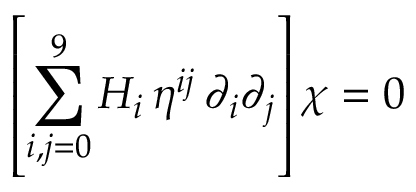
\left[ \sum _ { i , j = 0 } ^ { 9 } H _ { i } \, \eta ^ { i j } \, \partial _ { i } \partial _ { j } \right] \chi = 0